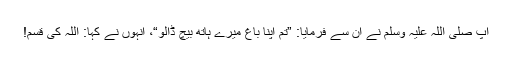
آپ صلی اللہ علیہ وسلم نے ان سے فرمایا: ”تم اپنا باغ میرے ہاتھ بیچ ڈالو“، انہوں نے کہا: اللہ کی قسم!